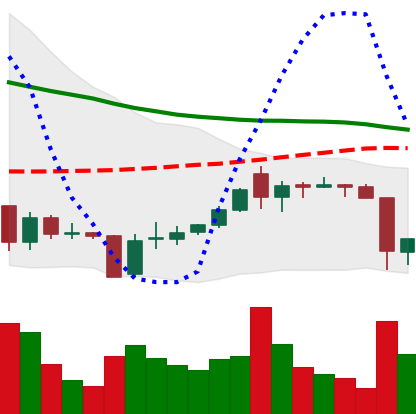
Ticker: XRP-USD
Chart end date: 2018-06-11
Forward return: -11.469%
Label: down_7plus